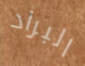
البراد